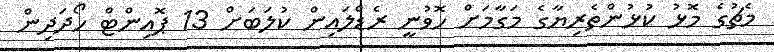
މެޗުގެ މޮޅު ކުޅުންތެރިޔާގެ މަގާމަށް ހޮވުނީ ރެޑްލައިން ކުލަބަށް 13 ޕޮއިންޓް ހޯދަދިން